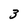
Character: 3